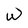
Character: w